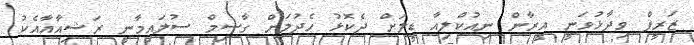
ޒަރީފް ވިދާޅުވަނީ އީރާން ނިއުކްލިއާ ޑީލަށް ދެކޮޅު ހެދުމަށް ގާސިމް ސުލައިމާނީ ރަޝިއާއާއެކު